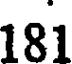
181